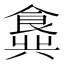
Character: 𬲖